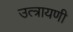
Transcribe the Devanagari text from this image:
उत्त्रायणी